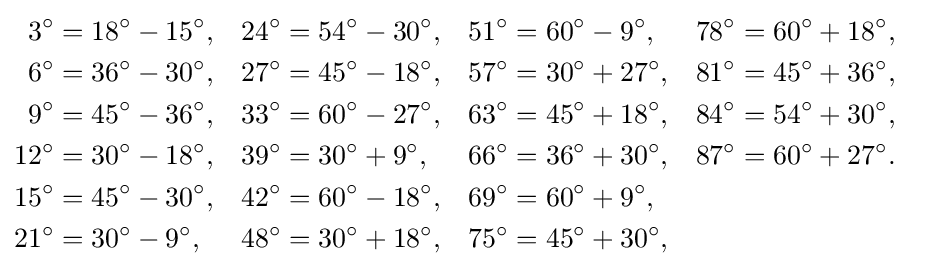
{\begin{aligned}3^{\circ }&=18^{\circ }-15^{\circ },&24^{\circ }&=54^{\circ }-30^{\circ },&51^{\circ }&=60^{\circ }-9^{\circ },&78^{\circ }&=60^{\circ }+18^{\circ },&\\6^{\circ }&=36^{\circ }-30^{\circ },&27^{\circ }&=45^{\circ }-18^{\circ },&57^{\circ }&=30^{\circ }+27^{\circ },&81^{\circ }&=45^{\circ }+36^{\circ },&\\9^{\circ }&=45^{\circ }-36^{\circ },&33^{\circ }&=60^{\circ }-27^{\circ },&63^{\circ }&=45^{\circ }+18^{\circ },&84^{\circ }&=54^{\circ }+30^{\circ },&\\12^{\circ }&=30^{\circ }-18^{\circ },&39^{\circ }&=30^{\circ }+9^{\circ },&66^{\circ }&=36^{\circ }+30^{\circ },&87^{\circ }&=60^{\circ }+27^{\circ }.&\\15^{\circ }&=45^{\circ }-30^{\circ },&42^{\circ }&=60^{\circ }-18^{\circ },&69^{\circ }&=60^{\circ }+9^{\circ },&\\21^{\circ }&=30^{\circ }-9^{\circ },&48^{\circ }&=30^{\circ }+18^{\circ },&75^{\circ }&=45^{\circ }+30^{\circ },&\end{aligned}}